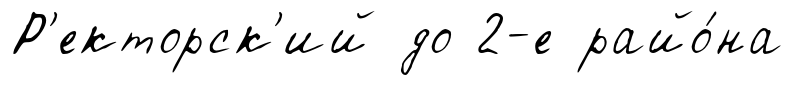
Р'екторск'ий до 2-е райо́на